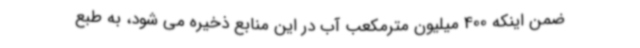
ضمن اینکه 400 میلیون مترمکعب آب در این منابع ذخیره می شود، به طبع